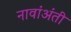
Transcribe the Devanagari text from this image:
नावांअंती